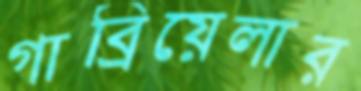
গাব্রিয়েলার